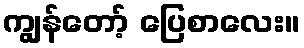
ကျွန်တော့် ပြေစာလေး။